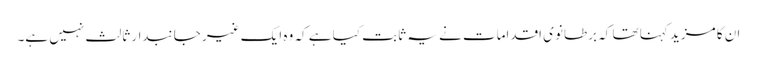
ان کا مزید کہنا تھا کہ برطانوی اقدامات نے یہ ثابت کیا ہے کہ وہ ایک غیر جانبدار ثالث نہیں ہے۔